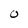
Character: O